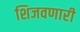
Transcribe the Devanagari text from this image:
शिजवणारी